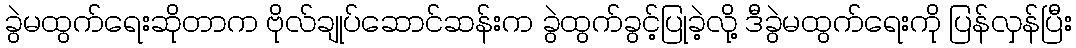
ခွဲမထွက်ရေးဆိုတာက ဗိုလ်ချုပ်ဆောင်ဆန်းက ခွဲထွက်ခွင့်ပြုခဲ့လို့ ဒီခွဲမထွက်ရေးကို ပြန်လှန်ပြီး